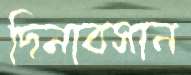
দিনাবসান